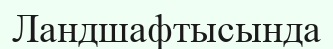
Ландшафтысында